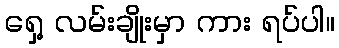
ရှေ့ လမ်းချိုးမှာ ကား ရပ်ပါ။